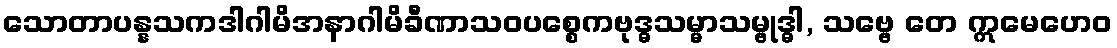
သောတာပန္နသကဒါဂါမိအနာဂါမိခီဏာသဝပစ္စေကဗုဒ္ဓသမ္မာသမ္ဗုဒ္ဓါ, သဗ္ဗေ တေ ဣမေဟေဝ